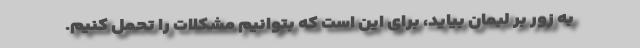
به زور بر لبمان بیاید، برای این است که بتوانیم مشکلات را تحمل کنیم.